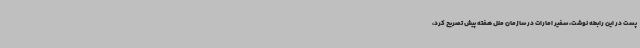
پست در این رابطه نوشت، سفیر امارات در سازمان ملل هفته پیش تصریح کرد،